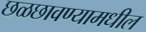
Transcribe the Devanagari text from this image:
छळछावण्यामधील